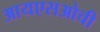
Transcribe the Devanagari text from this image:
आयएसओची